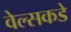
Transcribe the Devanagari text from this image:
वेल्सकडे